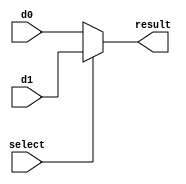
module twoBitMUX(d0, d1, select, result);

  input d0;
  input d1;
  input select;

  output result;

  assign result = select ? d1 : d0;

endmodule

/* 
  0 d0
  1 d1
*/